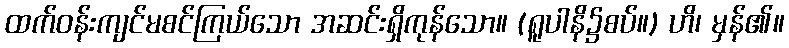
ထက်ဝန်းကျင်မစင်ကြယ်သော အဆင်းရှိကုန်သော။ (ရူပါနိ၌စပ်။) ဟိ၊ မှန်၏။